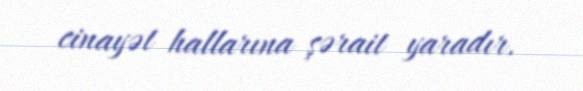
cinayət hallarına şərait yaradır.